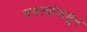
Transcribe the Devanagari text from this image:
समस्यांपासुन